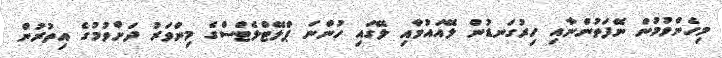
މިހެންވުމުން ނޭފަތުންނާއި ހިރުގަނޑުން ލޭއައުމާއި ލޭގައި ހުންނަ ޕްލޭޓްލެޓްސްގެ މިންވަރު ދަށްވުމުގެ އިތުރުން